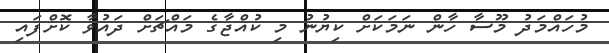
މުހައްމަދު މޫސާ ހާން ނަމަކަށް ކިޔުނު މި ކުއްޖާގެ މައްޗަށް ދައުވާ ކޮށްފައި